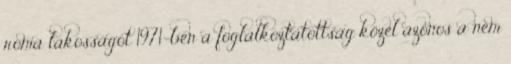
roma lakosságot 1971-ben a foglalkoztatottság közel azonos a nem